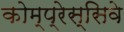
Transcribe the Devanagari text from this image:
कोम्प्रेस्सिवे